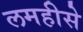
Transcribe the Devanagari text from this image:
लमहीसे